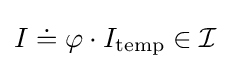
I\doteq \varphi \cdot I_{\mathrm {temp} }\in {\mathcal {I}}